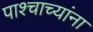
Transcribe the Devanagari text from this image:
पाश्चाच्यांना